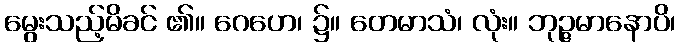
မွေးသည့်မိခင် ၏။ ဂေဟေ၊ ၌။ တေမာသံ၊ လုံး။ ဘုဉ္ဇမာနောပိ၊